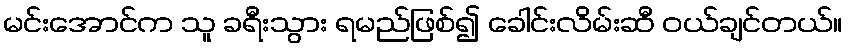
မင်းအောင်က သူ ခရီးသွား ရမည်ဖြစ်၍ ခေါင်းလိမ်းဆီ ဝယ်ချင်တယ်။